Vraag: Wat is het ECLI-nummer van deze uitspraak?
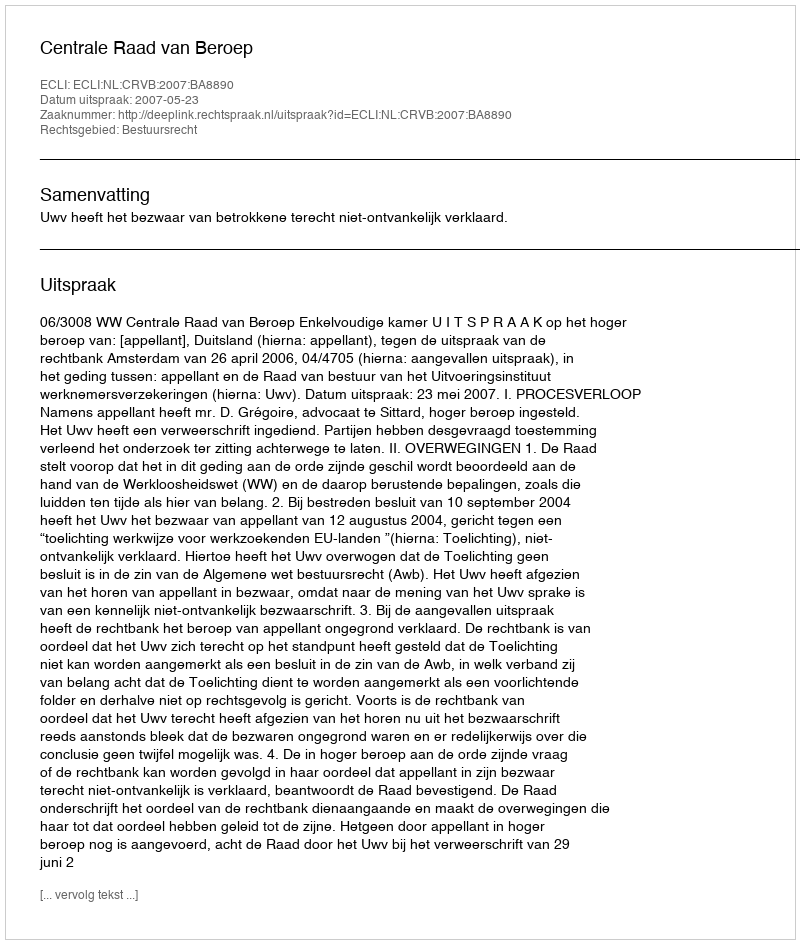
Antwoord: ECLI:NL:CRVB:2007:BA8890